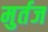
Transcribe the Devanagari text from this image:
मुर्तज